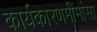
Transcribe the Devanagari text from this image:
कार्यकारणमीमांसा